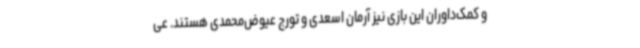
و کمک‌داوران این بازی نیز آرمان اسعدی و تورج عیوض‌محمدی هستند. عی